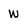
Character: W